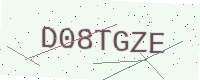
Text: D08TGZE